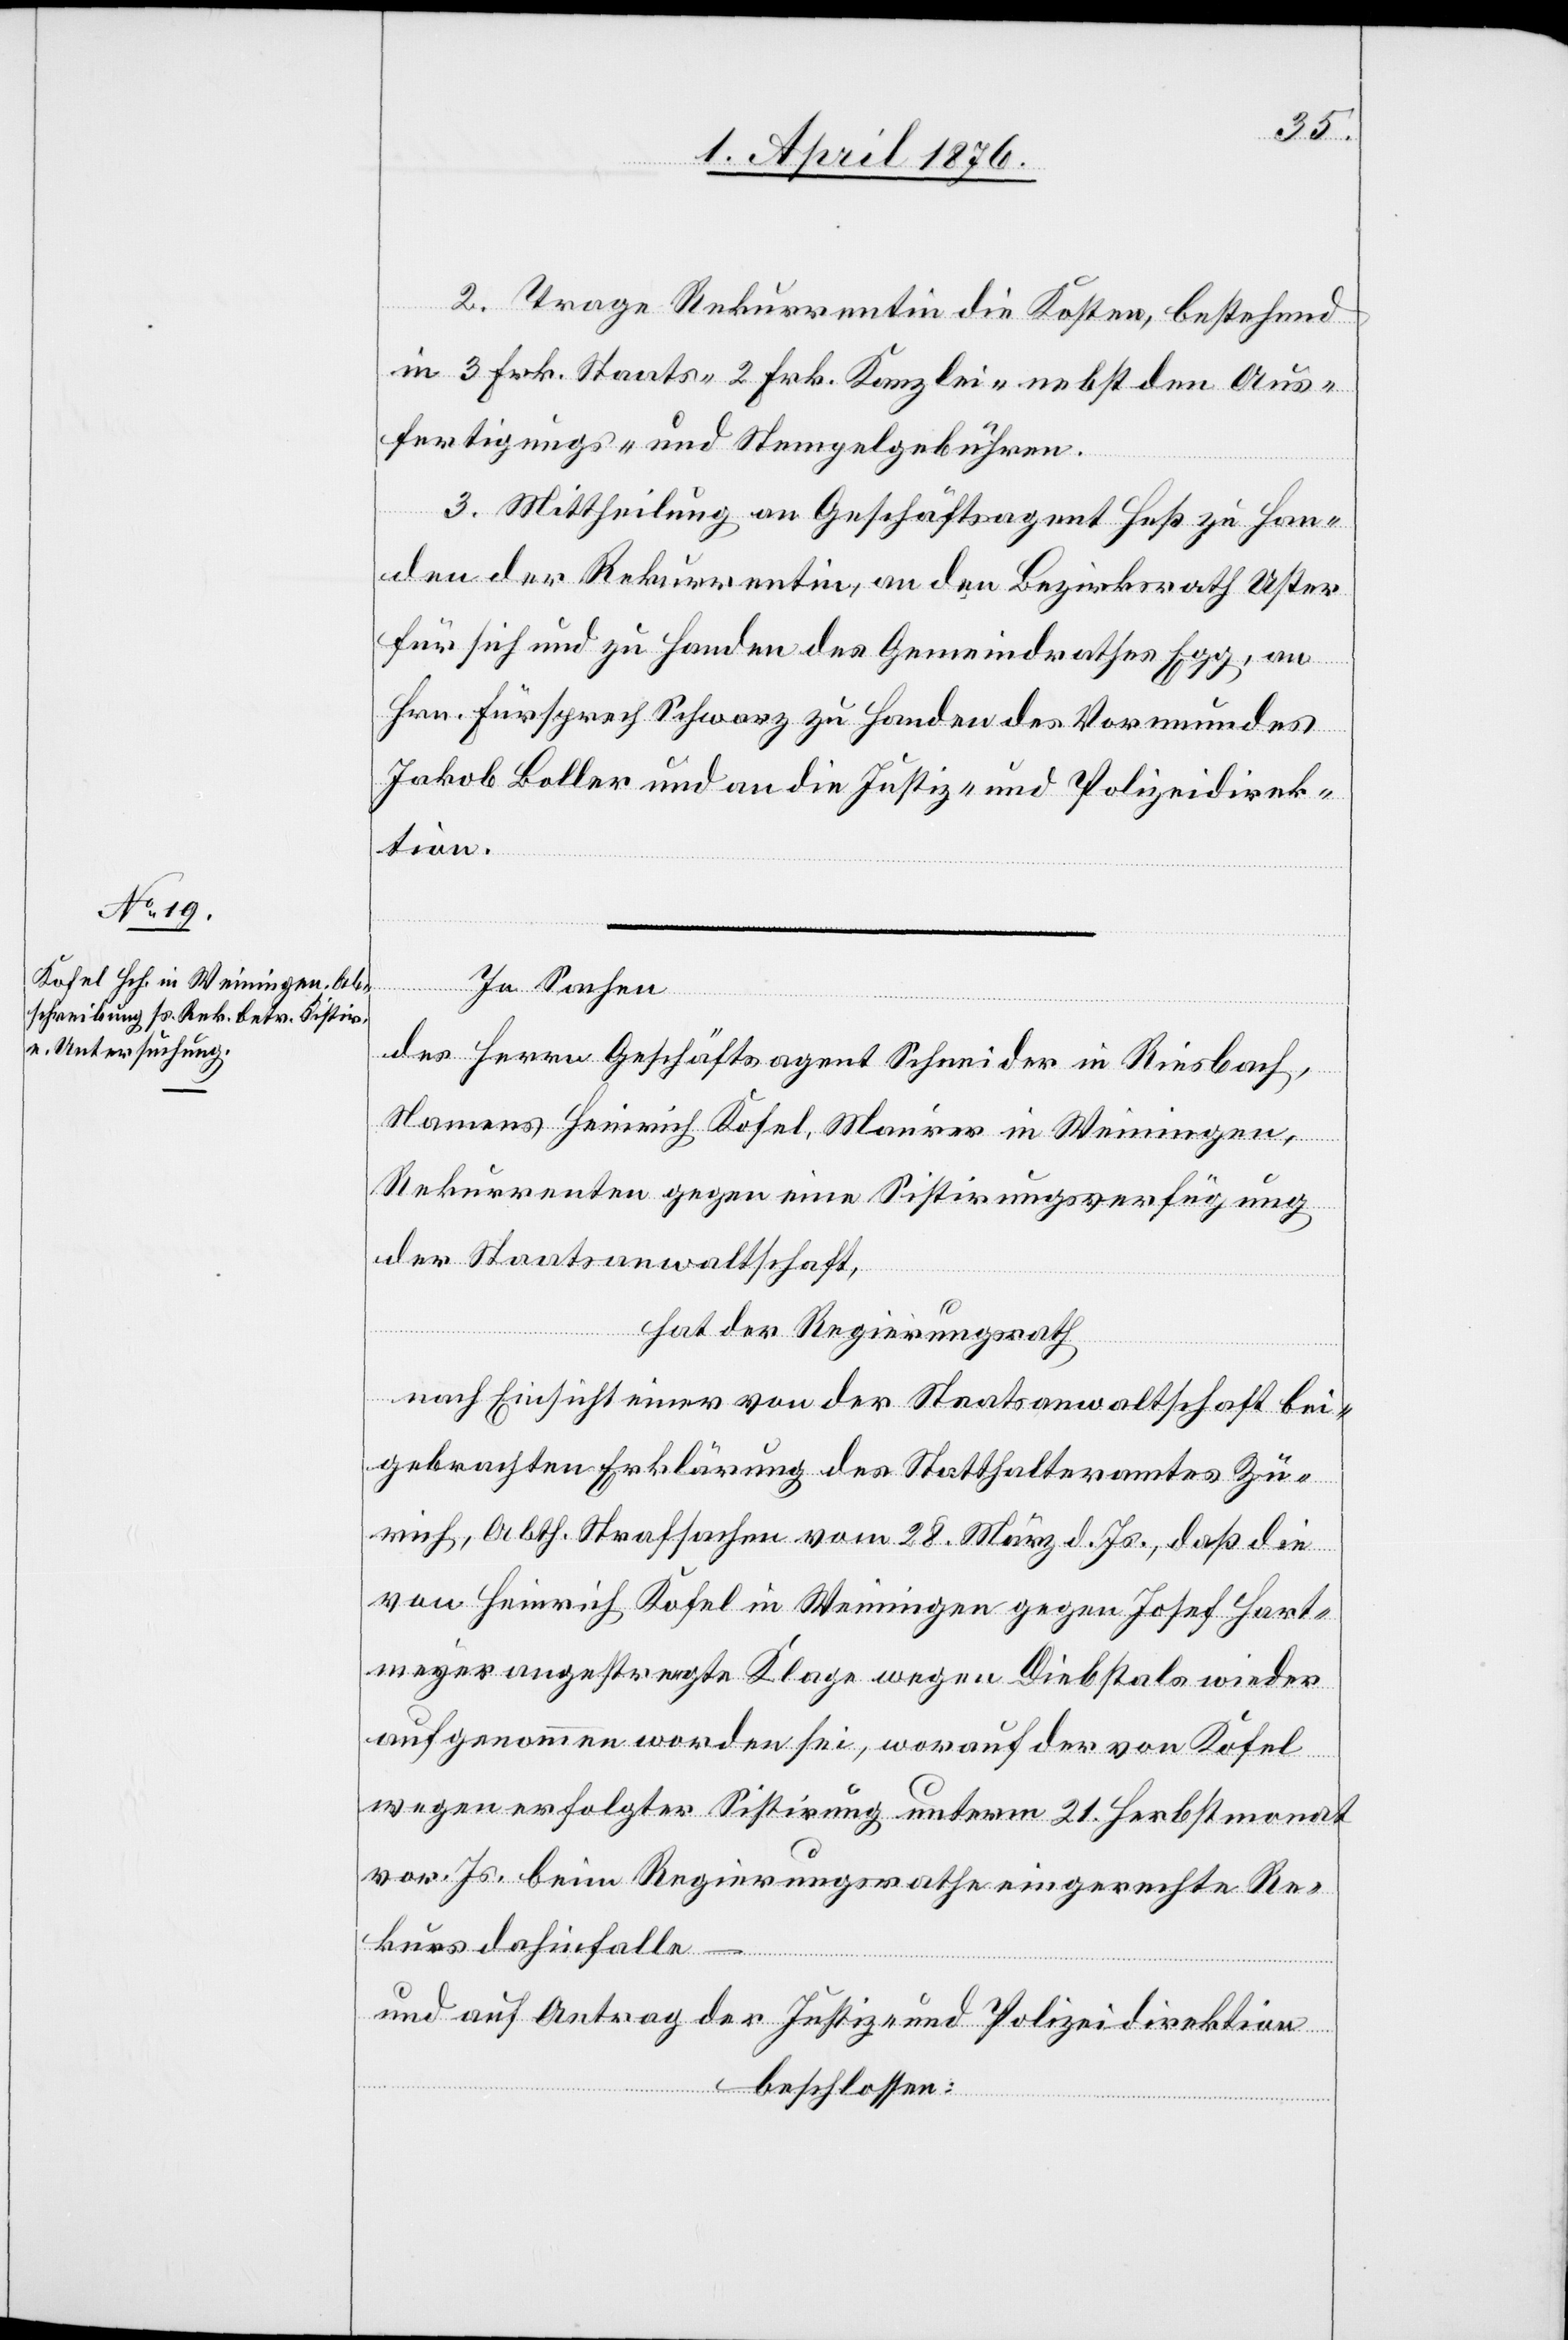
2. Trage Rekurrentin die Kosten, bestehend
in 3 Frk. Staats- 2 Frk. Kanzlei- nebst den Aus¬
fertigungs- und Stempelgebühren.
3. Mittheilung an Geschäftsagent Heß zu Han¬
den der Rekurrentin, an den Bezirksrath Uster
für sich und zu Handen des Gemeindrathes Egg, an
Hrn. Fürsprech Schwarz zu Handen des Vormundes
Jakob Koller und an die Justiz- und Polizeidirek¬
tion.
–
In Sachen
des Herrn Geschäftsagent Schneider in Riesbach,
Namens Heinrich Kosel, Maurer in Weiningen,
Rekurrenten gegen eine Sistirungsverfügung
der Staatsanwaltschaft,
hat der Regierungsrath,
nach Einsicht einer von der Staatsanwaltschaft bei¬
gebrachten Erklärung des Statthalteramtes Zü¬
rich, Abth. Strafsachen vom 28. März d. Js., daß die
von Heinrich Kosel in Weiningen gegen Josef Hart¬
meyer angestrengte Klage wegen Diebstals wieder
aufgenommen worden sei, worauf der von Kosel
wegen erfolgter Sistirung unterm 21. Herbstmonat
vor. Js. beim Regierungsrathe eingere[i]chte Re¬
kurs dahinfalle
und auf Antrag der Justiz- und Polizeidirektion
beschlossen: